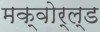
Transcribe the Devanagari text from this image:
मक्वोर्ल्ड